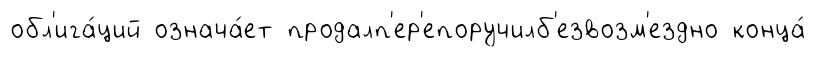
обл'ига́ций означа́ет продалп'ер'епоручилб'езвозм'ездно конца́